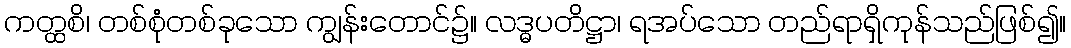
ကတ္ထစိ၊ တစ်စုံတစ်ခုသော ကျွန်းတောင်၌။ လဒ္ဓပတိဋ္ဌာ၊ ရအပ်သော တည်ရာရှိကုန်သည်ဖြစ်၍။